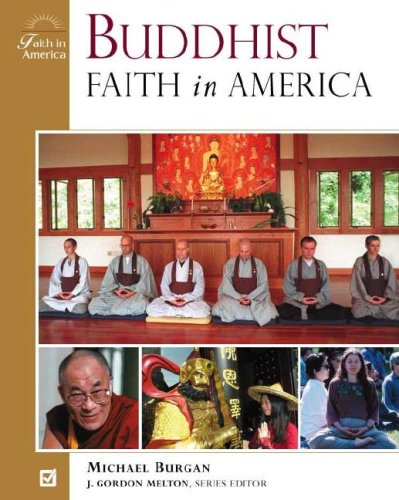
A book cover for Buddhist Faith in America; Michael Burgan; Teen & Young Adult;